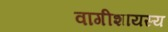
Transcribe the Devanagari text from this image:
वागीशायस्य